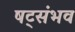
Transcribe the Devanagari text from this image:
षट्संभव